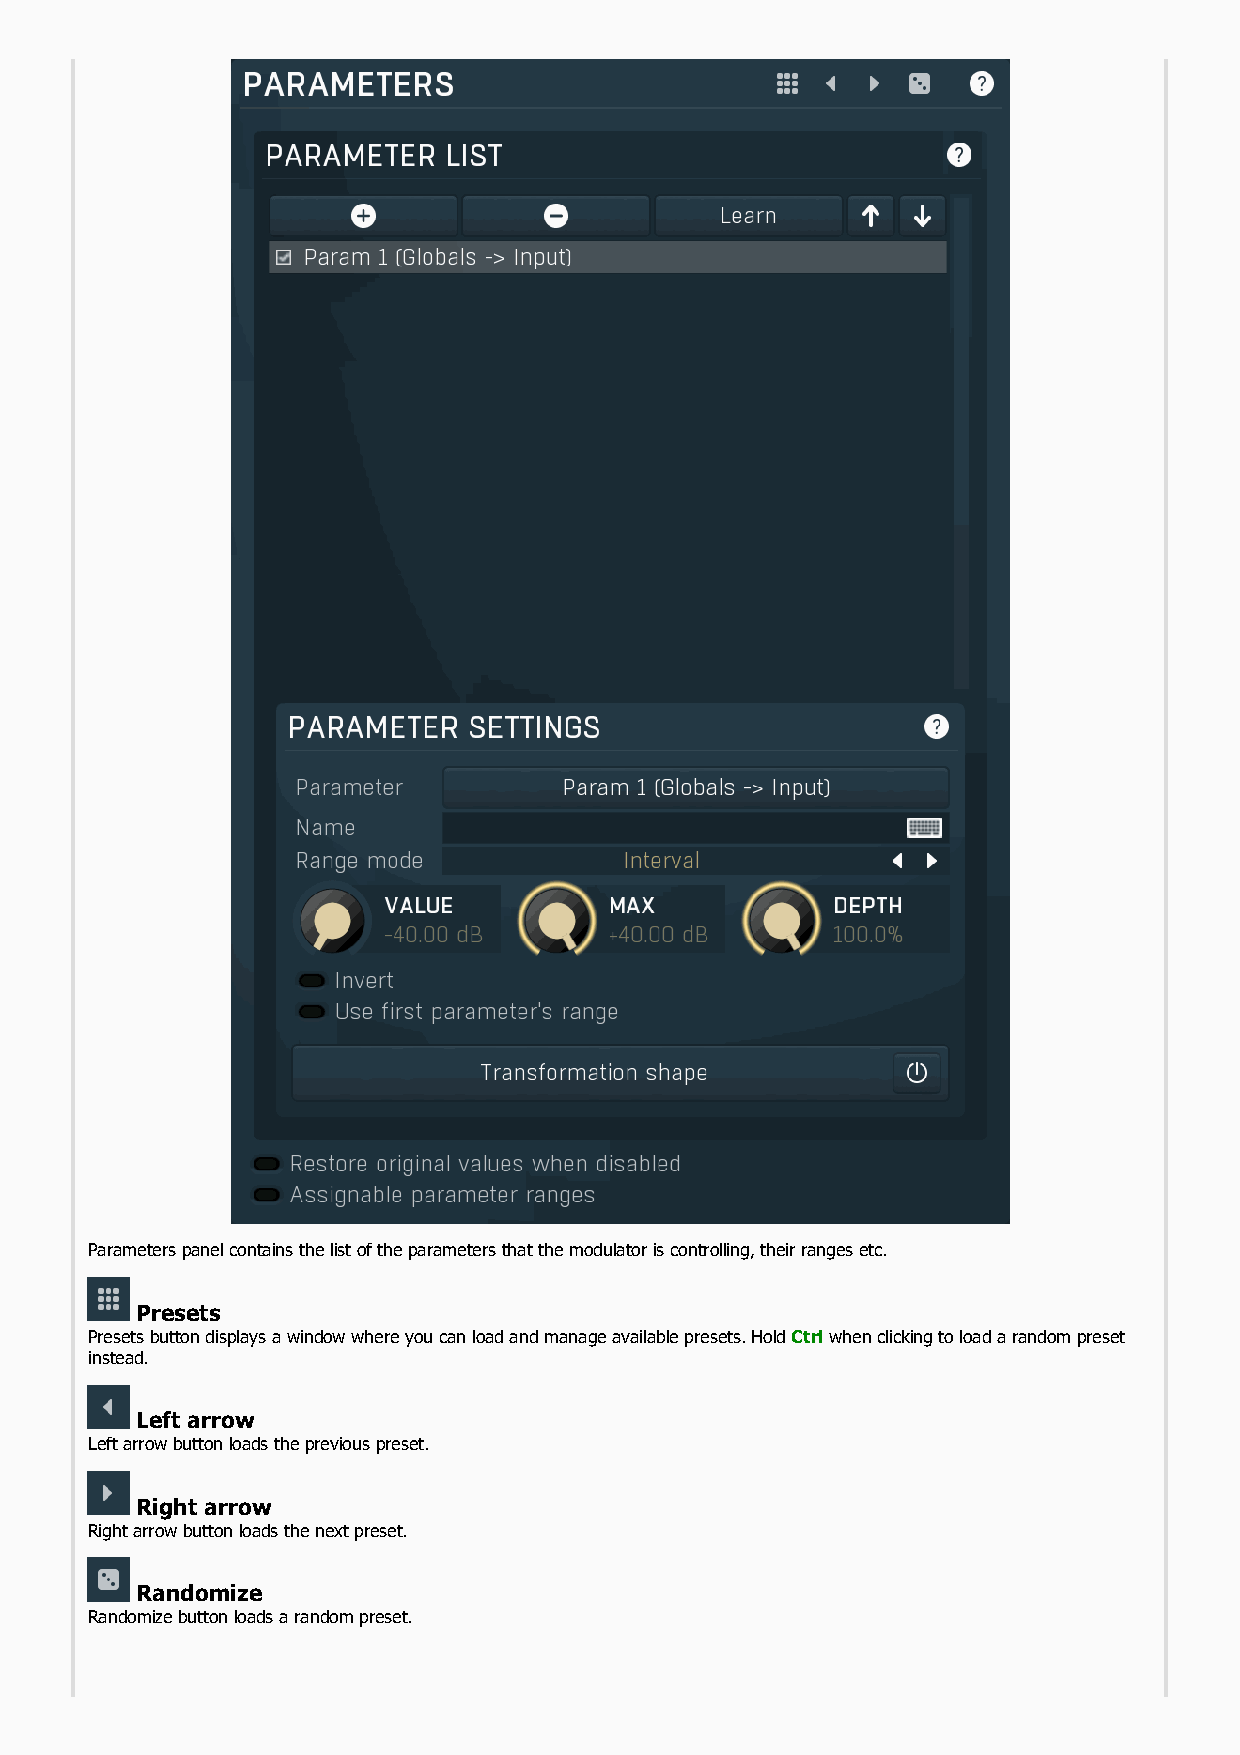
Parameters panel contains the list of the parameters that the modulator is controlling, their ranges etc.
 Presets
 Presets button displays a window where you can load and manage available presets. Hold Ctrl when clicking to load a random preset
 instead.
 Left arrow
 Left arrow button loads the previous preset.
 Right arrow
 Right arrow button loads the next preset.
 Randomize
 Randomize button loads a random preset.